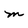
Character: M